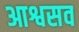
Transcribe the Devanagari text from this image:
आश्वसव